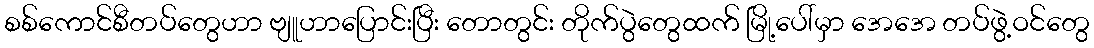
စစ်ကောင်စီတပ်တွေဟာ ဗျူဟာပြောင်းပြီး တောတွင်း တိုက်ပွဲတွေထက် မြို့ပေါ်မှာ အေအေ တပ်ဖွဲ့ဝင်တွေ